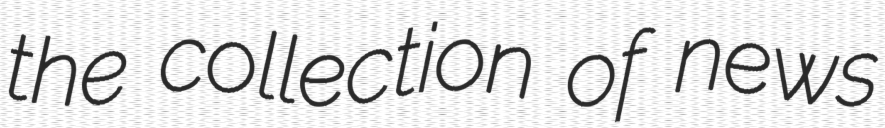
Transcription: the collection of news